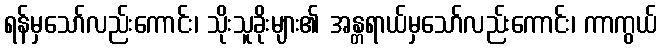
ရန်မှသော်လည်းကောင်း၊ သိုးသူခိုးများ၏ အန္တရာယ်မှသော်လည်းကောင်း၊ ကာကွယ်